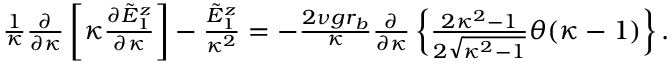
\begin{array} { r } { \frac { 1 } { \kappa } \frac { \partial } { \partial \kappa } \left[ \kappa \frac { \partial \tilde { E } _ { 1 } ^ { z } } { \partial \kappa } \right] - \frac { \tilde { E } _ { 1 } ^ { z } } { \kappa ^ { 2 } } = - \frac { 2 \nu g r _ { b } } { \kappa } \frac { \partial } { \partial \kappa } \left\{ \frac { 2 \kappa ^ { 2 } - 1 } { 2 \sqrt { \kappa ^ { 2 } - 1 } } \theta ( \kappa - 1 ) \right\} . } \end{array}